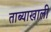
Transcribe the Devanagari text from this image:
ताब्याखाली